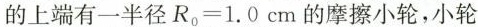
的上端有一半径R_{0}=1.0cm的摩擦小轮，小轮